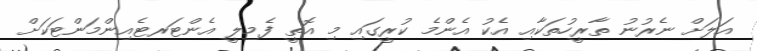
އަލަށް ނެރުނު ތާރީހުތަކާއި އެކު އެންމެ ކުރީގައި މި އޮތީ ފެމިލީ އެންޓަރޓެއިންމަންޓަކަށް